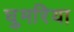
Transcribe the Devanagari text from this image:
घुमरिया